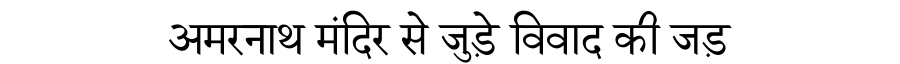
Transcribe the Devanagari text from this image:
अमरनाथ मंदिर से जुड़े विवाद की जड़